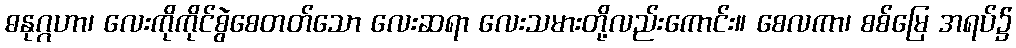
ဓနုဂ္ဂဟာ၊ လေးကိုကိုင်စွဲစေတတ်သော လေးဆရာ လေးသမားတို့လည်းကောင်း။ စေလကာ၊ စစ်မြေ အရပ်၌